Annual report of the Punjab Veterinary College and of the Civil Veterinary Department, Punjab - 1894-1908
Year: 1894
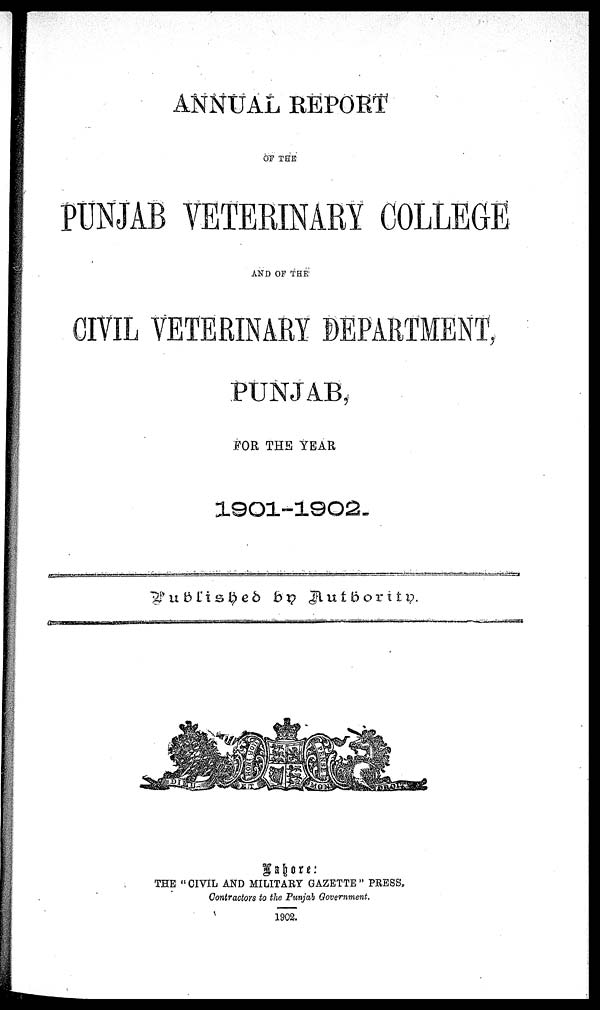
ANNUAL REPORT
OF THE
PUNJAB VETERINARY COLLEGE
AND OF THE
CIVIL VETERINARY DEPARTMENT,
PUNJAB,
FOR THE YEAR
1901-1902.
Published by Authority.
Labore:
THE "CIVIL AND MILITARY GAZETTE" PRESS,
Contractors to the Punjab Government.
1902.